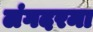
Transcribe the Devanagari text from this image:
लंगदरमा